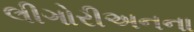
લીગોરીઅનના